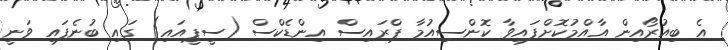
އެ ބިއުރޯއިން އާއްމުކޮށްފައިވާ ކޮންސިއުމާ ޕްރައިސް އިންޑެކްސް (ސީޕީއައި) ގައި ބުނެފައި ވަނީ